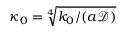
\kappa _ { 0 } = \sqrt [ 4 ] { k _ { 0 } / ( a \mathcal { D } ) }